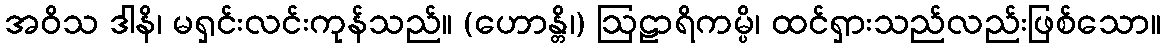
အဝိသ ဒါနိ၊ မရှင်းလင်းကုန်သည်။ (ဟောန္တိ၊) ဩဠာရိကမ္ပိ၊ ထင်ရှားသည်လည်းဖြစ်သော။